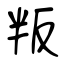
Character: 叛